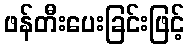
ဖန်တီးပေးခြင်းဖြင့်